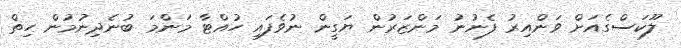
ލޫކަސްގެއަށް ވަންއިރު ފެނުނު މަންޒަރުން ޔަގީން ނުވެފައި ހުއްޓާ މަންމަ ބުނެދިނުމުން ހިތް